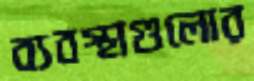
ব্যবস্থাগুলোর